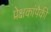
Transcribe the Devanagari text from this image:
प्रेक्षकांपैकी